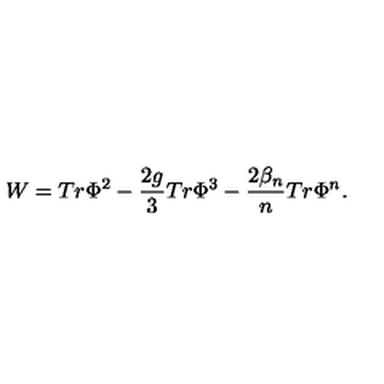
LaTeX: W = T r \Phi ^ { 2 } - \frac { 2 g } { 3 } T r \Phi ^ { 3 } - \frac { 2 \beta _ { n } } { n } T r \Phi ^ { n } .